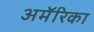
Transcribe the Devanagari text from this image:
अमॅरिका